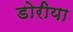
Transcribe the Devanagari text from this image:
डोरीया